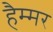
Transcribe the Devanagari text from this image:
हैम्मर